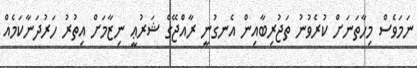
ނަމަވެސް މިހާތަނަށް ކުރެވުނު ތަޖުރިބާއިން އެނގުނީ ރާއްޖޭގެ ޝަރުޢީ ނިޒާމަށް އިތުރު ހަރުދަނާކަމެއް